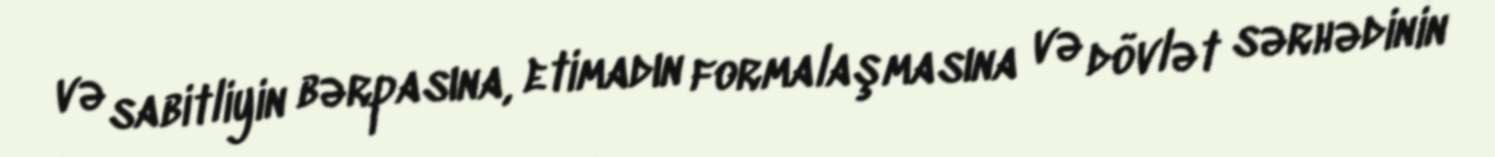
və sabitliyin bərpasına, etimadın formalaşmasına və dövlət sərhədinin